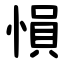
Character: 愪